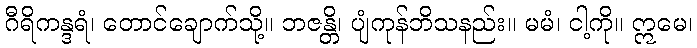
ဂီရိကန္ဒရံ၊ တောင်ချောက်သို့။ ဘဇန္တိ၊ ပျံကုန်ဘိသနည်း။ မမံ၊ ငါ့ကို။ ဣမေ၊